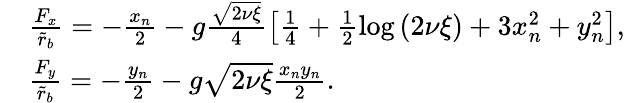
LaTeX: \begin{array}{rl}&{\frac{F_{x}}{\tilde{r}_{b}}=-\frac{x_{n}}{2}-g\frac{\sqrt{2\nu\xi}}{4}\left[\frac{1}{4}+\frac{1}{2}\log\left(2\nu\xi\right)+3x_{n}^{2}+y_{n}^{2}\right],}\\ &{\frac{F_{y}}{\tilde{r}_{b}}=-\frac{y_{n}}{2}-g\sqrt{2\nu\xi}\frac{x_{n}y_{n}}{2}.}\end{array}